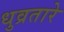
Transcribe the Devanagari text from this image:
धुव्रतारे